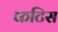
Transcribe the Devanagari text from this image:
कटिस